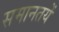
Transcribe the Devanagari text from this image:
समानतयें